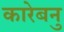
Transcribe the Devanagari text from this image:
कारेबनु